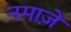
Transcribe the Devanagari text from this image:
नमाज़े